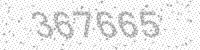
Solution: 367665